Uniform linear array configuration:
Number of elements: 4
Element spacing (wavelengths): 1
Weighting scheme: cosine
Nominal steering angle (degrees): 60
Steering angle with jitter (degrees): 60.012
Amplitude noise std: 0.05
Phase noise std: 0.05

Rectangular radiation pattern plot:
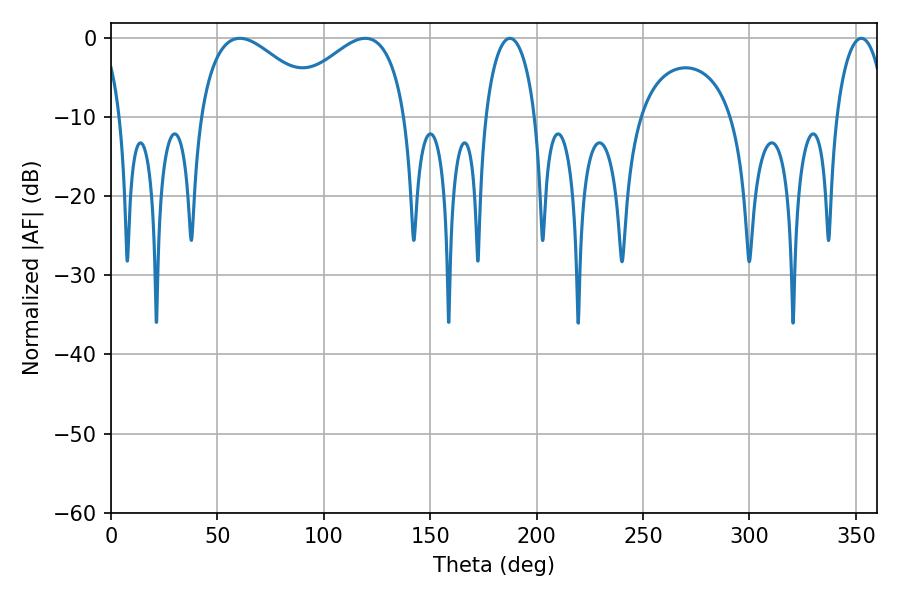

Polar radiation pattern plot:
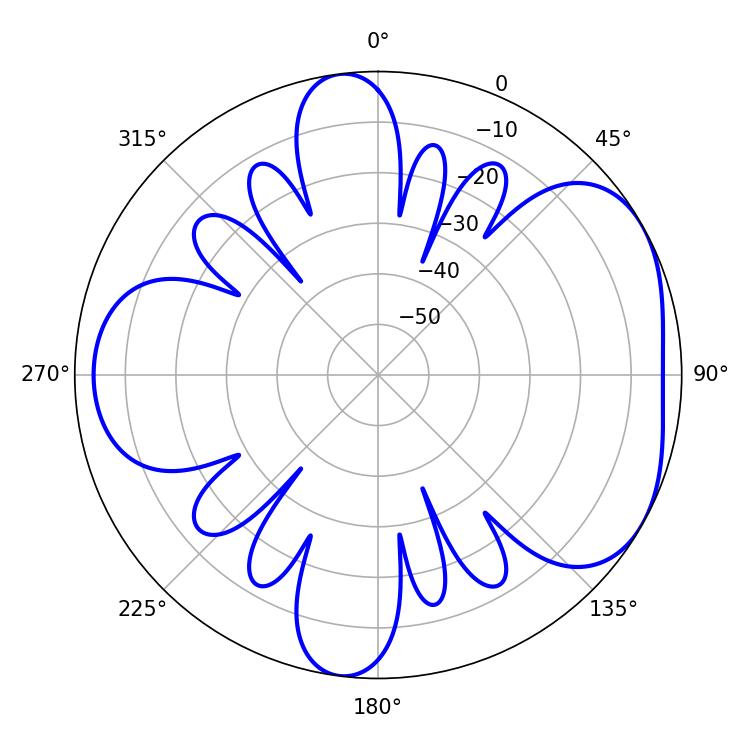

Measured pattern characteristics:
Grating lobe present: TRUE
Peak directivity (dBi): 4.711
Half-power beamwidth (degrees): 32.04
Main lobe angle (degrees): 60.48